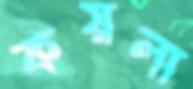
কয়লা